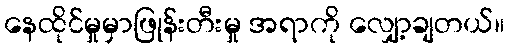
နေထိုင်မှုမှာဖြုန်းတီးမှု အရာကို လျှော့ချတယ်။